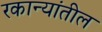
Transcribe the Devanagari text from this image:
रकान्यांतील